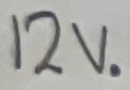
Text: 12V.